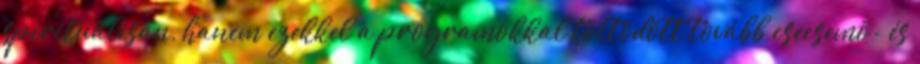
spirituálisan, hanem ezekkel a programokkal töltõdött tovább csecsemõ- és